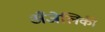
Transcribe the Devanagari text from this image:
अँजेलिकी